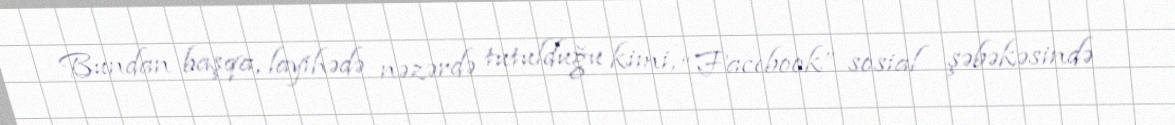
Bundan başqa, layihədə nəzərdə tutulduğu kimi, “Facebook” sosial şəbəkəsində